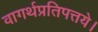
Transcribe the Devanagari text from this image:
वागर्थप्रतिपत्तये।